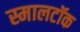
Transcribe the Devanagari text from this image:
स्मालटॉक